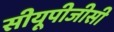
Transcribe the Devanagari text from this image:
सीयूपीजीसी